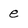
Character: e